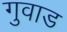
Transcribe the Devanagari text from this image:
गुवाड